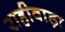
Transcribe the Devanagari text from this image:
राहीवाड़ा